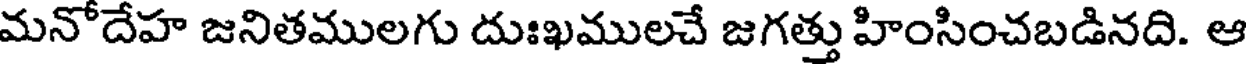
మనోదేహ జనితములగు దుఃఖములచే జగత్తు హింసించబడినది. ఆ